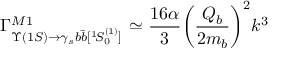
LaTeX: { \Gamma } _ { \Upsilon ( 1 S ) { \rightarrow } \gamma _ { s } b \bar { b } [ { } ^ { 1 } \! S _ { 0 } ^ { ( 1 ) } ] } ^ { M 1 } \ { \simeq } \ \frac { 1 6 \alpha } { 3 } \biggl ( \frac { Q _ { b } } { 2 m _ { b } } \biggr ) ^ { 2 } k ^ { 3 }